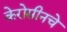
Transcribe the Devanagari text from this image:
केरोसीनचे